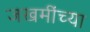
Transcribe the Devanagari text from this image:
जखमींच्या